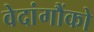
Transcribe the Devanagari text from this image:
वेदांगौंको